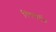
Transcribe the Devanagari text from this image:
तिरगार्तन